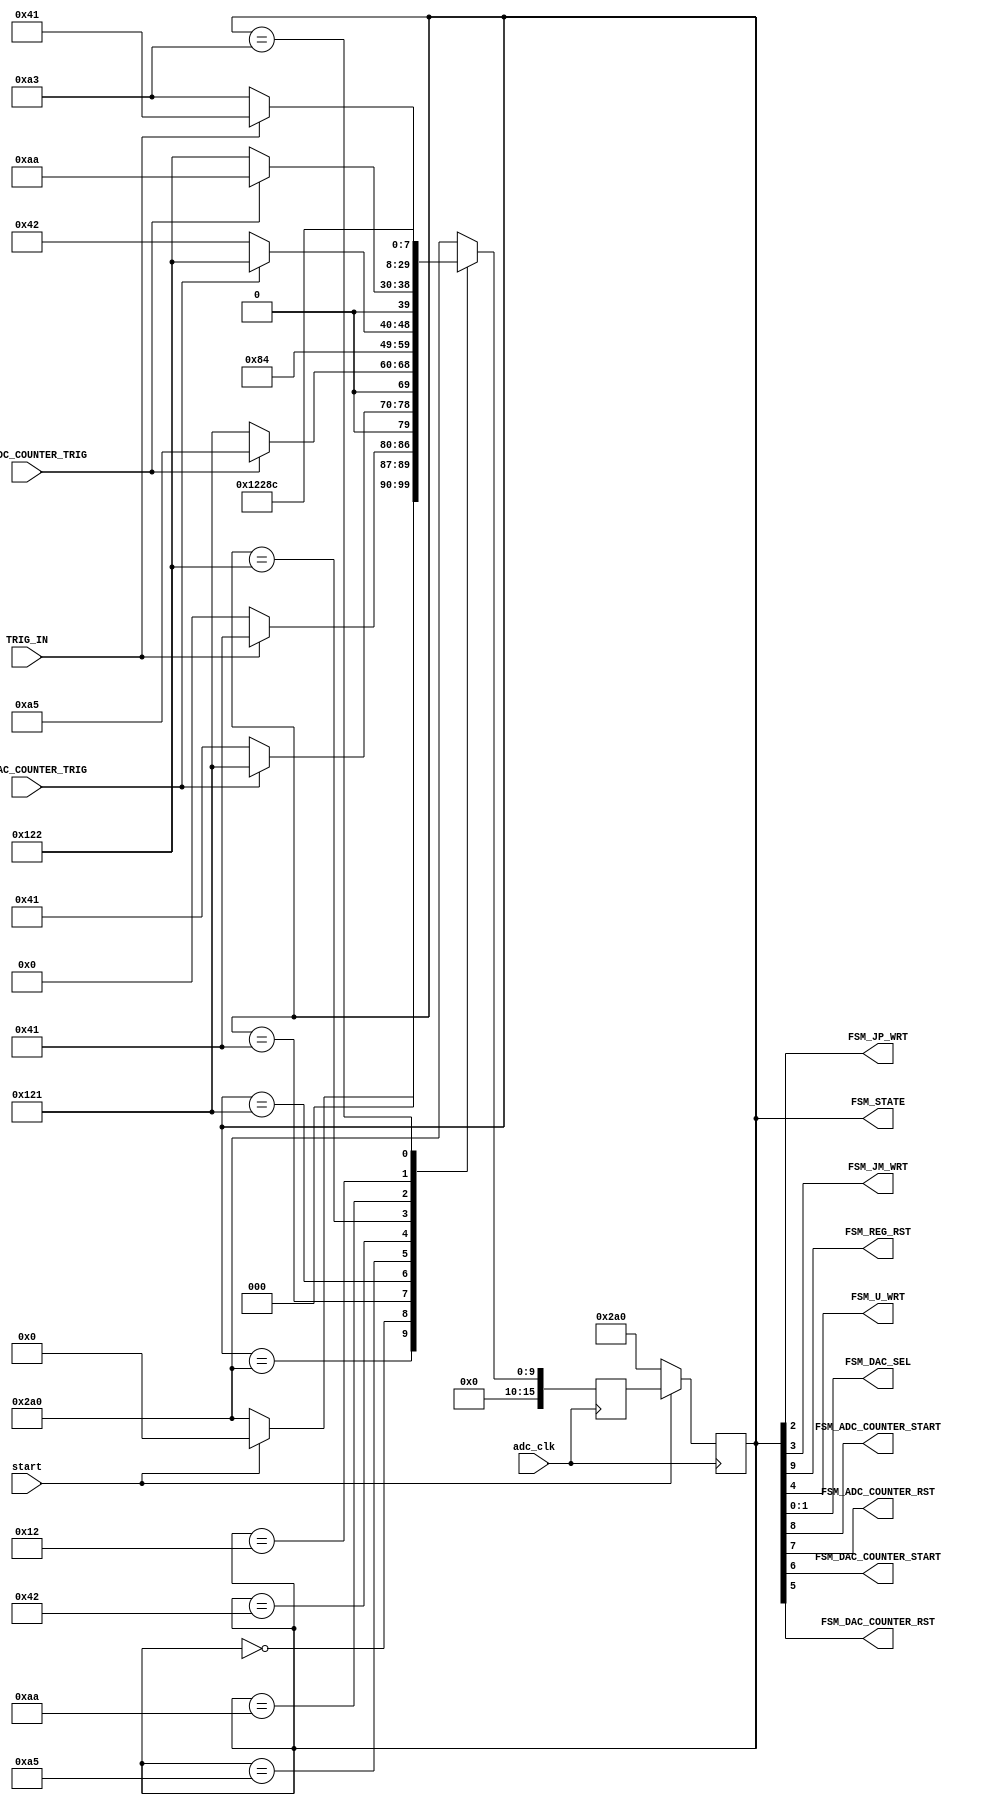
module FSM
(
    input wire TRIG_IN,
	input wire adc_clk,
	input wire start,
	input wire FSM_ADC_COUNTER_TRIG,
	input wire FSM_DAC_COUNTER_TRIG,
	output wire FSM_JP_WRT,
	output wire FSM_JM_WRT,
	output wire FSM_REG_RST,
	output wire FSM_U_WRT,
	output wire [1:0] FSM_DAC_SEL,
	output wire FSM_ADC_COUNTER_START,
	output wire FSM_ADC_COUNTER_RST,
	output wire FSM_DAC_COUNTER_START,
	output wire FSM_DAC_COUNTER_RST,
	output wire [15:0] FSM_STATE
);
//reg int_FSM_JP_WRT;
//reg int_FSM_JM_WRT;
//reg int_FSM_REG_RST,
//reg int_U_WRT;
//reg [1:0] int_FSM_DAC_SEL;
//reg int_FSM_ADC_COUNTER_START;
//reg int_FSM_ADC_COUNTER_RST;
//reg int_FSM_DAC_COUNTER_START;
//reg int_FSM_DAC_COUNTER_RST;

reg [15:0] current_state;
reg [15:0] next_state;

assign FSM_STATE = current_state;
//localparam [1:0]
//	DAC_OFF = 2'b00,
//	PERB_PLUS = 2'b01,
//	PERB_MINUS = 2'b10,
//	U_OUT = 2'b11;

localparam [15:0]
	stopped = 16'b0000_0010_1010_0000,
	initialized = 16'b0000_0000_0000_0000,
	dac_wait_1 = 16'b0000_0000_0100_0001,
	adc_wait_1 = 16'b0000_0001_0010_0001,
	J_plus_write = 16'b0000_0000_1010_0101,
	dac_wait_2 = 16'b0000_0000_0100_0010,
	adc_wait_2 = 16'b0000_0001_0010_0010,
	J_minus_write = 16'b0000_0000_1010_1010,
	U_write = 16'b0000_0000_0001_0010,
	trig_wait = 16'b0000_0000_1010_0011;
	
	 
always @(posedge adc_clk)
begin
	if(~start)
		current_state <= stopped;
	else
		current_state <= next_state;
end

always @(posedge adc_clk)
begin
	case (current_state)
		stopped: 
		begin
			if(start)
				next_state = initialized;
			else
				next_state = stopped;
		end
		initialized:
		begin
			if(TRIG_IN)
				next_state = dac_wait_1;
			else
				next_state = initialized;
		end
		dac_wait_1:
		begin
			if(FSM_DAC_COUNTER_TRIG)
				next_state = adc_wait_1;
			else
				next_state = dac_wait_1;
		end
		adc_wait_1:
		begin
			if(FSM_ADC_COUNTER_TRIG)
				next_state = J_plus_write;
			else
				next_state = adc_wait_1;
		end
		J_plus_write:
		begin
			next_state = dac_wait_2;
		end 
		dac_wait_2:
		begin
			if(FSM_DAC_COUNTER_TRIG)
				next_state = adc_wait_2;
			else
				next_state = dac_wait_2;
		end
		adc_wait_2:
		begin
			if(FSM_ADC_COUNTER_TRIG)
				next_state = J_minus_write;
			else
				next_state = adc_wait_2;
		end
		J_minus_write:
		begin
			next_state = U_write;
		end
		U_write:
		begin
			
			next_state = trig_wait;
		end
		trig_wait:
		begin
			if (TRIG_IN)
				next_state = dac_wait_1;
			else
				next_state = trig_wait;
		end
		default:
		begin
			next_state = stopped;
		end
	endcase
end

assign FSM_REG_RST = current_state[9];
assign FSM_ADC_COUNTER_START = current_state[8];
assign FSM_ADC_COUNTER_RST = current_state[7];
assign FSM_DAC_COUNTER_START = current_state[6];
assign FSM_DAC_COUNTER_RST = current_state[5];
assign FSM_U_WRT = current_state[4];
assign FSM_JM_WRT = current_state[3];
assign FSM_JP_WRT = current_state[2];
assign FSM_DAC_SEL[1] = current_state[1];
assign FSM_DAC_SEL[0] = current_state[0];
endmodule